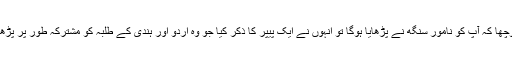
میں نے پوچھا کہ آپ کو نامور سنگھ نے پڑھایا ہوگا تو انہوں نے ایک پیپر کا ذکر کیا جو وہ اردو اور ہندی کے طلبہ کو مشترکہ طور پر پڑھاتے تھے۔